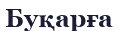
Буқарға